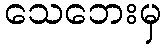
သေဘေးမှ